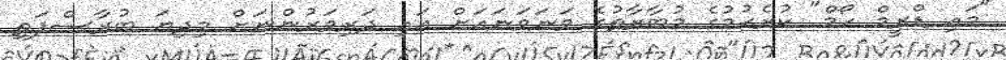
"މައި ޑްރީމް ހޯމް" ކުރެހުމުގެ މުބާރާތުގެ ވަނަވަނައަށް އައި ދަރިވަރުންނަށް މިދިޔަ ބުރާސްފަތި